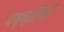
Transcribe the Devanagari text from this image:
दष्ष्टियों